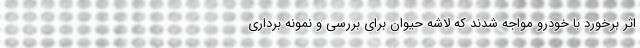
اثر برخورد با خودرو مواجه شدند که لاشه حیوان برای بررسی و نمونه برداری